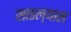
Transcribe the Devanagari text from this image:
साठल्यास